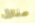
منازل